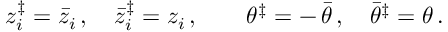
z _ { i } ^ { \ddagger } = \bar { z } _ { i } \, , \quad \bar { z } _ { i } ^ { \ddagger } = z _ { i } \, , \quad \quad \theta ^ { \ddagger } = - \, \bar { \theta } \, , \quad \bar { \theta } ^ { \ddagger } = \theta \, .